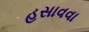
હસાવવા